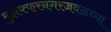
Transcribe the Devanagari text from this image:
मुझफ्फरनगरजवळच्या